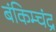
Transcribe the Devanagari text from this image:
बंकिम्चंद्र